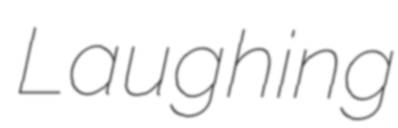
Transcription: Laughing